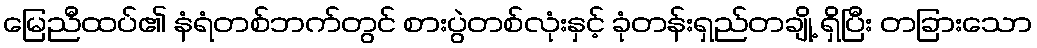
မြေညီထပ်၏ နံရံတစ်ဘက်တွင် စားပွဲတစ်လုံးနှင့် ခုံတန်းရှည်တချို့ ရှိပြီး တခြားသော